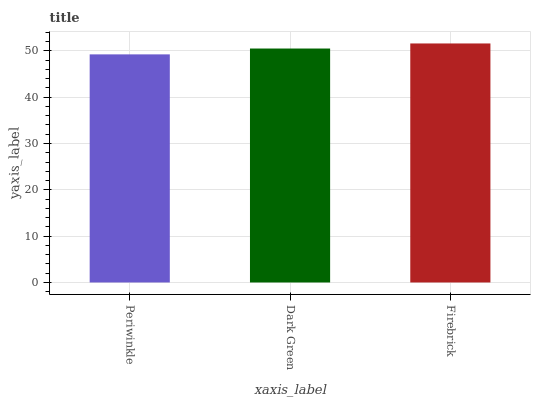
| xaxis_label | bars |
 | --- | --- |
 | Periwinkle | 49.2 |
 | Dark Green | 50.5 |
 | Firebrick | 51.6 |